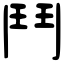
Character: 鬥